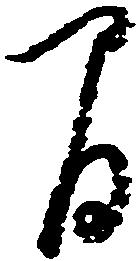
間